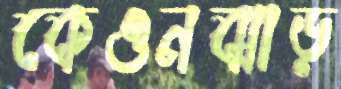
কেওনঝাড়